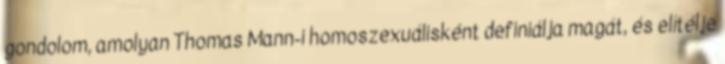
gondolom, amolyan Thomas Mann-i homoszexuálisként definiálja magát, és elítélje